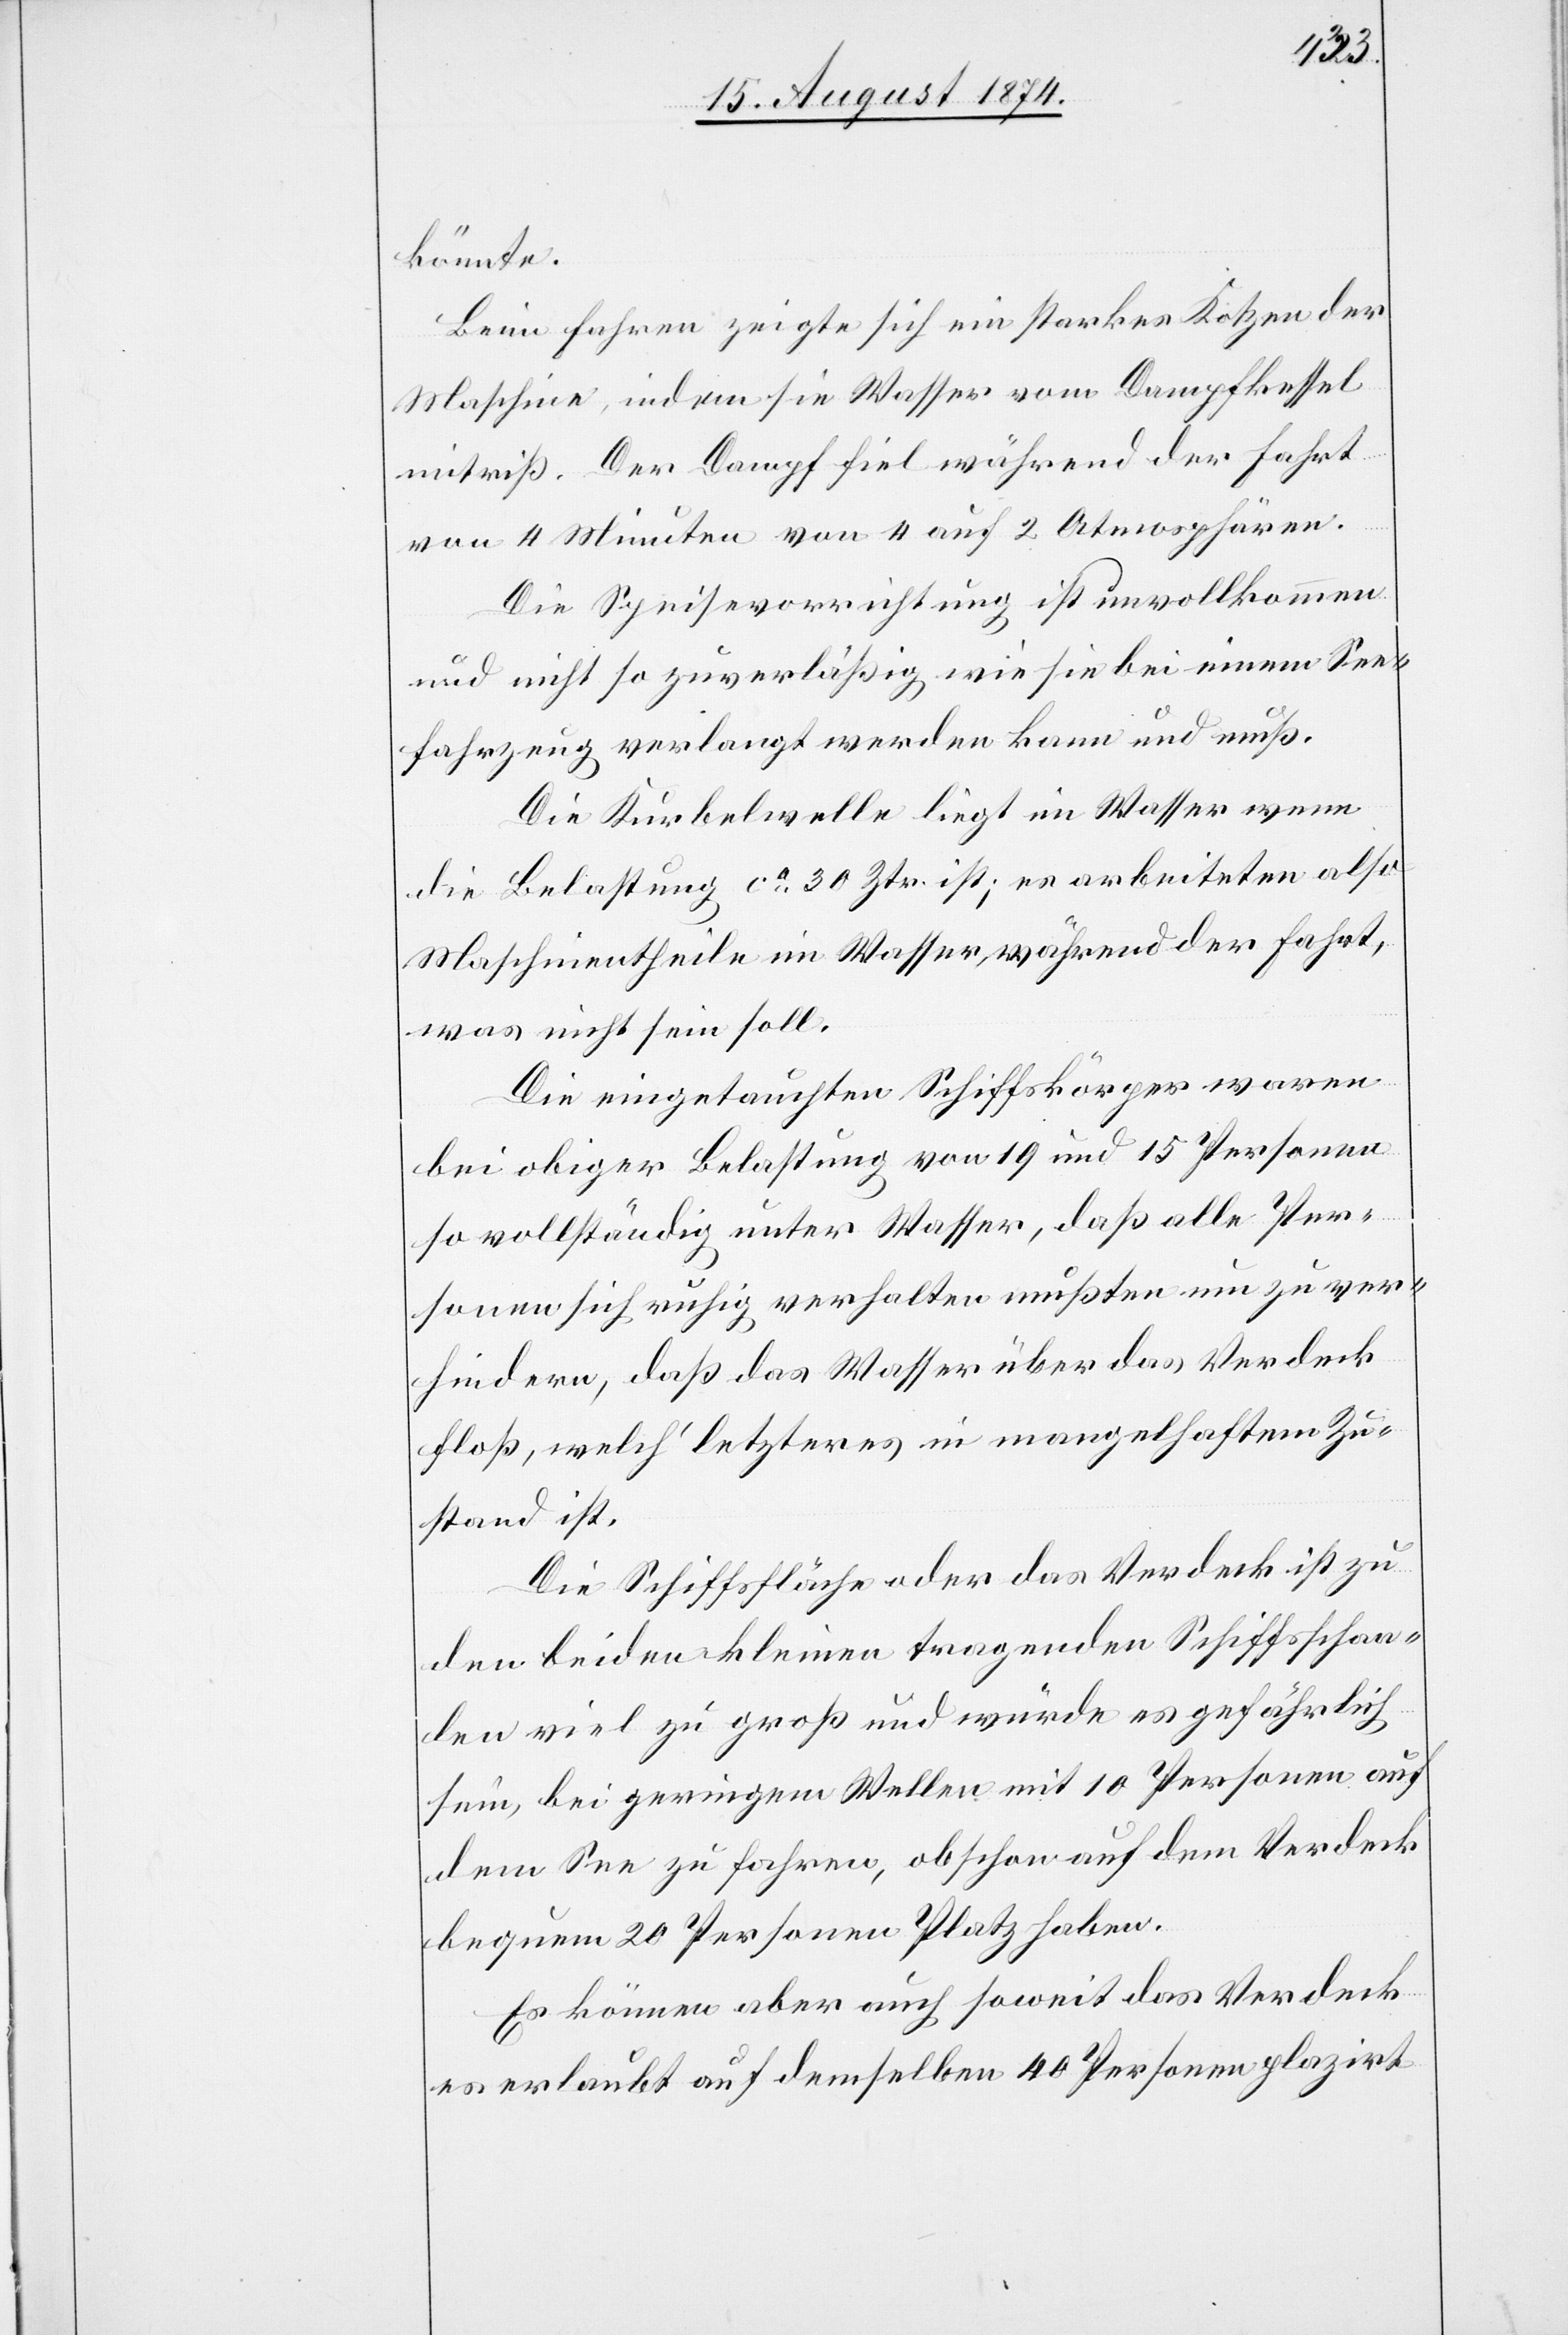
könnte.
Beim Fahren zeigte sich ein starkes Kotzen
Maschine, indem sie Wasser vom Dampfkessel
mitriß. Der Dampf fiel während der Fahrt
von 4 Minuten von 4 auf 2 Atmosphären.
Die Speisevorrichtung ist unvollkommen
und nicht so zuverläßig wie sie bei einem See¬
fahrzeug verlangt werden kann und muß.
Die Kurbelwelle liegt im Wasser wenn
die Belastung ca 30 Ztr. ist; es arbeiteten also
Maschinentheile im Wasser, während der Fahrt,
was nicht sein soll.
Die eingetauchten Schiffskörper waren
bei obiger Belastung von 10 und 15 Personen
so vollständig unter Wasser, daß alle Per¬
sonen sich ruhig verhalten mußten um zu ver¬
hindern, daß das Wasser über das Verdeck
floß, welch‘ letzteres in mangelhaftem Zu¬
stand ist.
Die Schiffsfläche oder das Verdeck ist zu
den beiden kleinen tragenden Schiffsschaa¬
len viel zu groß und würde es gefährlich
sein, bei geringem Wellen mit 10 Personen auf
dem See zu fahren, obschon auf dem Verdeck
bequem 20 Personen Platz haben.
Es können aber auch soweit das Verdeck
es erlaubt auf demselben 40 Personen plazirt